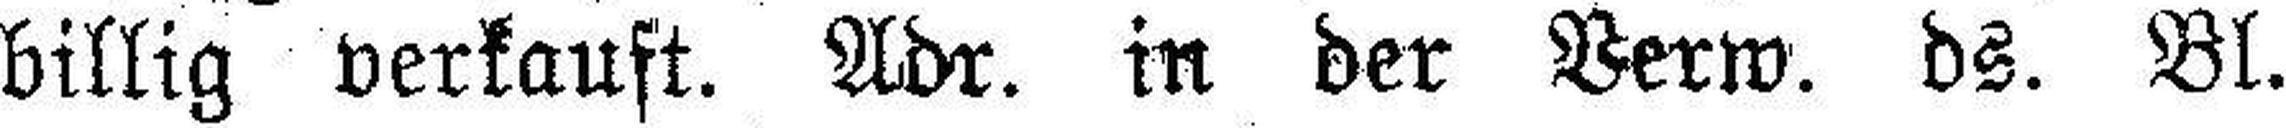
billig verkauft. Adr. in der Verw. ds. Bl.